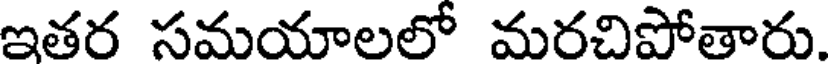
ఇతర సమయాలలో మరచిపోతారు.